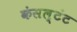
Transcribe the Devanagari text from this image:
कंसल्टंट